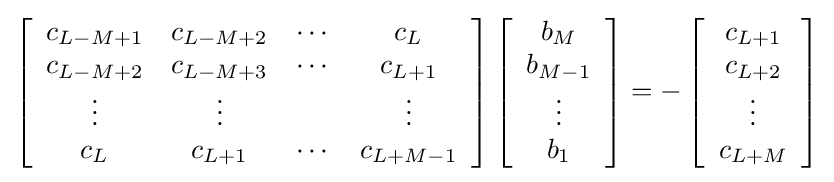
\left[{\begin{array}{cccc}c_{L-M+1}&c_{L-M+2}&\cdots &c_{L}\\c_{L-M+2}&c_{L-M+3}&\cdots &c_{L+1}\\\vdots &\vdots &&\vdots \\c_{L}&c_{L+1}&\cdots &c_{L+M-1}\end{array}}\right]\left[{\begin{array}{c}b_{M}\\b_{M-1}\\\vdots \\b_{1}\end{array}}\right]=-\left[{\begin{array}{c}c_{L+1}\\c_{L+2}\\\vdots \\c_{L+M}\end{array}}\right]